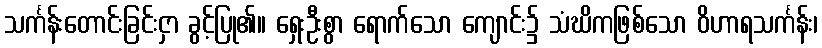
သင်္ကန်းတောင်းခြင်းငှာ ခွင့်ပြု၏။ ရှေးဦးစွာ ရောက်သော ကျောင်း၌ သံဃိကဖြစ်သော ဝိဟာရသင်္ကန်း၊